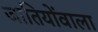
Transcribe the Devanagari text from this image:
जातियोंवाला